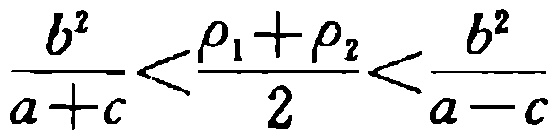
\frac{b^{2}}{a + c} < \frac{\rho_{1} + \rho_{2}}{2} < \frac{b^{2}}{a - c}